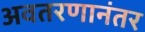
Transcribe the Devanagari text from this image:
अवतरणानंतर